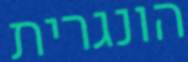
הונגרית